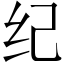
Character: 纪